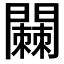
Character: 𬮓